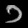
Digit: ၁